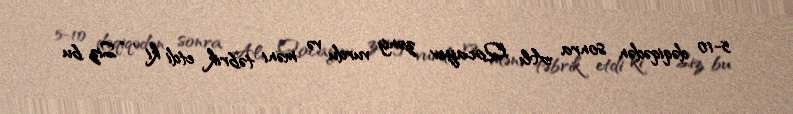
5-10 dəqiqədən sonra Alı Qocayev zəng vurdu və məni təbrik etdi ki , “Siz bu